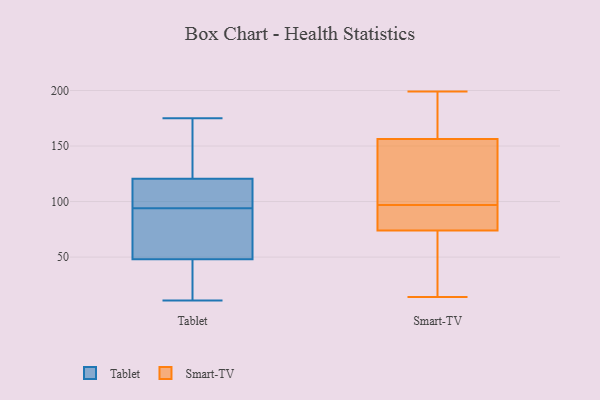
{"axis": {"x": "Revenue (USD Million)", "y": "Value"}, "legend": ["Smart-TV", "Tablet"], "data": [{"x": "", "y": 72, "type": "Tablet"}, {"x": "", "y": 11, "type": "Tablet"}, {"x": "", "y": 67, "type": "Tablet"}, {"x": "", "y": 97, "type": "Tablet"}, {"x": "", "y": 120, "type": "Tablet"}, {"x": "", "y": 108, "type": "Tablet"}, {"x": "", "y": 95, "type": "Tablet"}, {"x": "", "y": 86, "type": "Tablet"}, {"x": "", "y": 121, "type": "Tablet"}, {"x": "", "y": 16, "type": "Tablet"}, {"x": "", "y": 17, "type": "Tablet"}, {"x": "", "y": 142, "type": "Tablet"}, {"x": "", "y": 50, "type": "Tablet"}, {"x": "", "y": 39, "type": "Tablet"}, {"x": "", "y": 146, "type": "Tablet"}, {"x": "", "y": 46, "type": "Tablet"}, {"x": "", "y": 175, "type": "Tablet"}, {"x": "", "y": 99, "type": "Tablet"}, {"x": "", "y": 93, "type": "Tablet"}, {"x": "", "y": 172, "type": "Tablet"}, {"x": "", "y": 165, "type": "Smart-TV"}, {"x": "", "y": 199, "type": "Smart-TV"}, {"x": "", "y": 71, "type": "Smart-TV"}, {"x": "", "y": 170, "type": "Smart-TV"}, {"x": "", "y": 110, "type": "Smart-TV"}, {"x": "", "y": 87, "type": "Smart-TV"}, {"x": "", "y": 139, "type": "Smart-TV"}, {"x": "", "y": 96, "type": "Smart-TV"}, {"x": "", "y": 14, "type": "Smart-TV"}, {"x": "", "y": 35, "type": "Smart-TV"}, {"x": "", "y": 60, "type": "Smart-TV"}, {"x": "", "y": 162, "type": "Smart-TV"}, {"x": "", "y": 97, "type": "Smart-TV"}, {"x": "", "y": 125, "type": "Smart-TV"}, {"x": "", "y": 83, "type": "Smart-TV"}]}